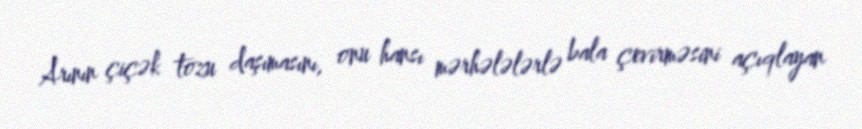
Arının çiçək tozu daşımasını, onu hansı mərhələlərlə bala çevirməsini açıqlayan